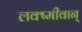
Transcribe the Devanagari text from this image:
लक्ष्मीवान्